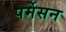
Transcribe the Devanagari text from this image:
पर्मेसन